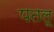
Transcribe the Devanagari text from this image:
पतलू